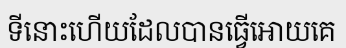
ទីនោះហើយដែលបានធ្វើអោយគេ